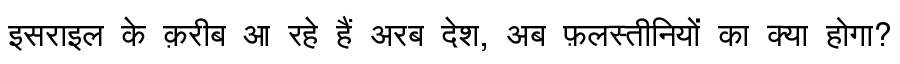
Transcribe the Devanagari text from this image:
इसराइल के क़रीब आ रहे हैं अरब देश, अब फ़लस्तीनियों का क्या होगा?